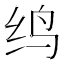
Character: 𬘞